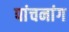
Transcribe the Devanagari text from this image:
पांचनांग